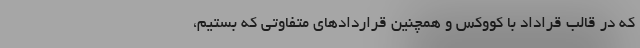
که در قالب قراداد با کووکس و همچنین قراردادهای متفاوتی که بستیم،